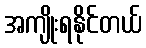
အကျိုးရနိုင်တယ်